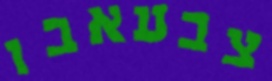
צבעאבו